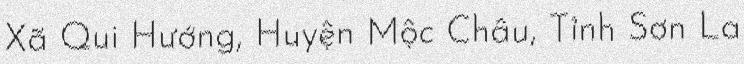
Xã Qui Hướng, Huyện Mộc Châu, Tỉnh Sơn La